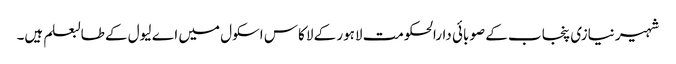
شہیر نیازی پنجاب کے صوبائی دارالحکومت لاہور کے لاکاس اسکول میں اے لیول کے طالبعلم ہیں۔